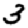
Digit: 3